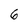
Character: 6